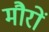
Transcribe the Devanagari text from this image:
मौरों